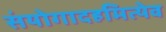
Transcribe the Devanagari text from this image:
संयोगादहमित्येव